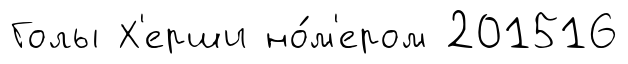
Голы Х'ерши но́м'ером 201516